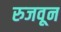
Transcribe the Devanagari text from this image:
रुजवून